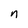
Character: n